Bréfritari: Lárus Bjarnason
Dagsetning: A-1875-01-29
Skrifað á: Vesturheimi

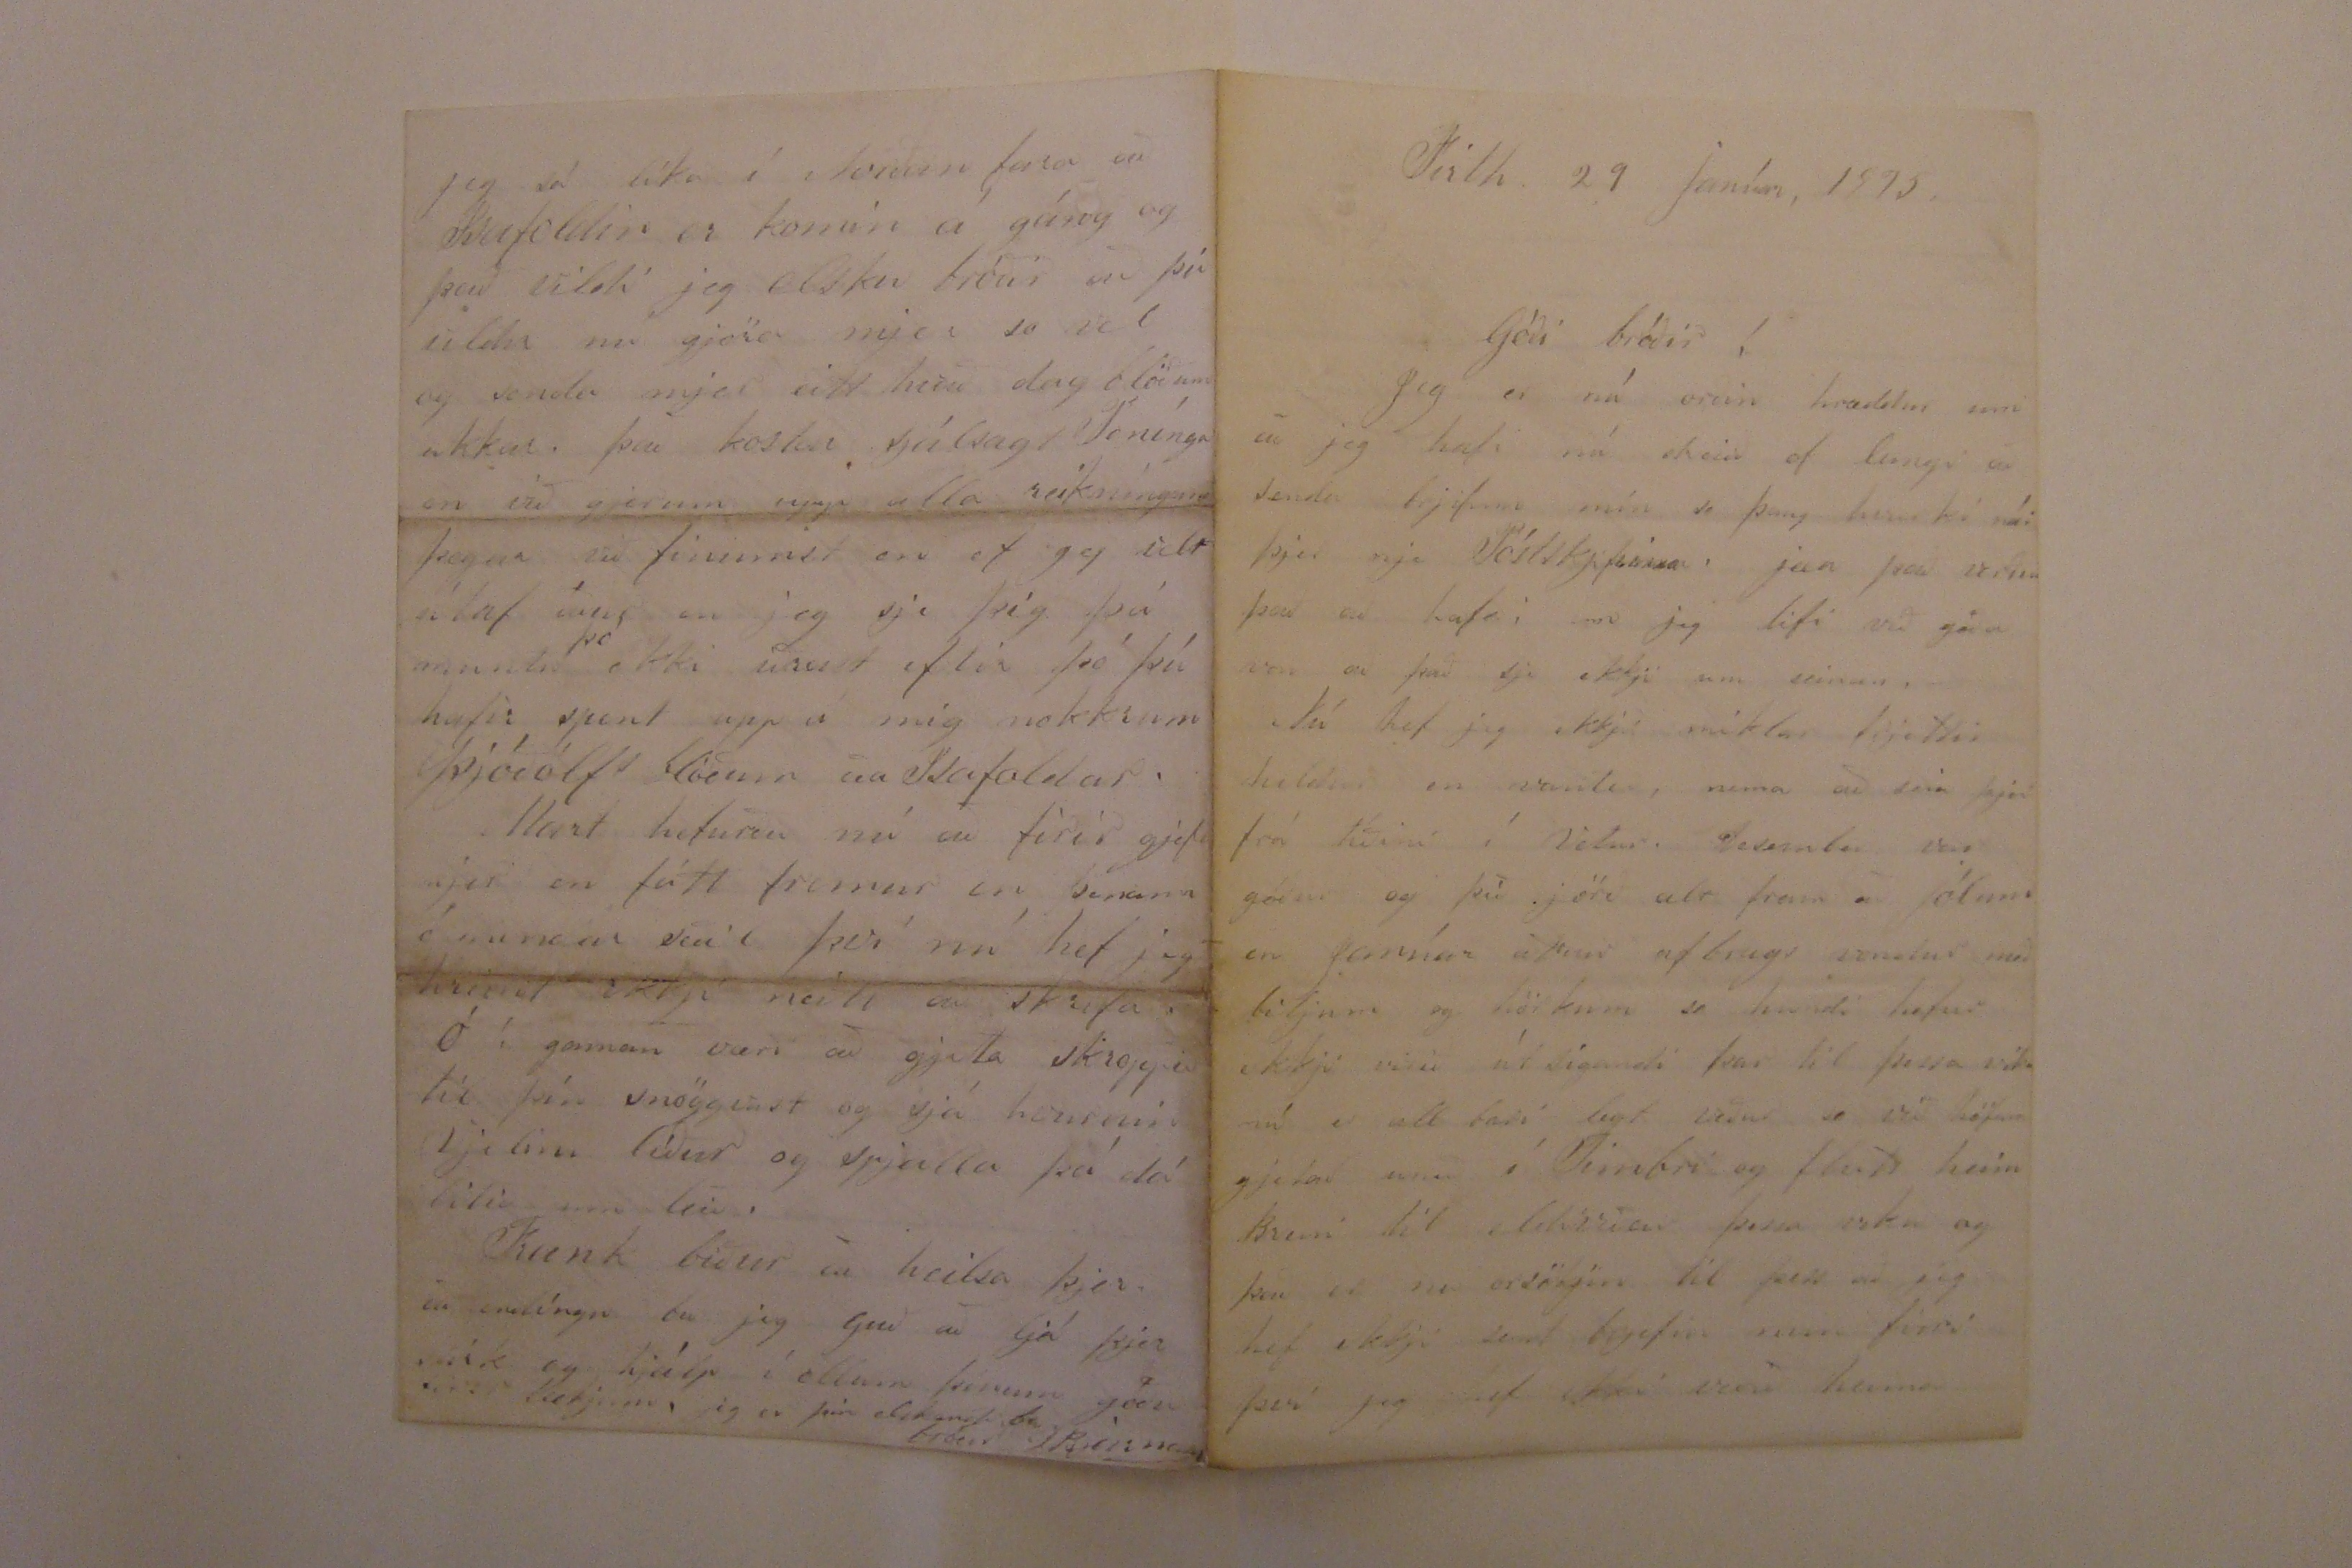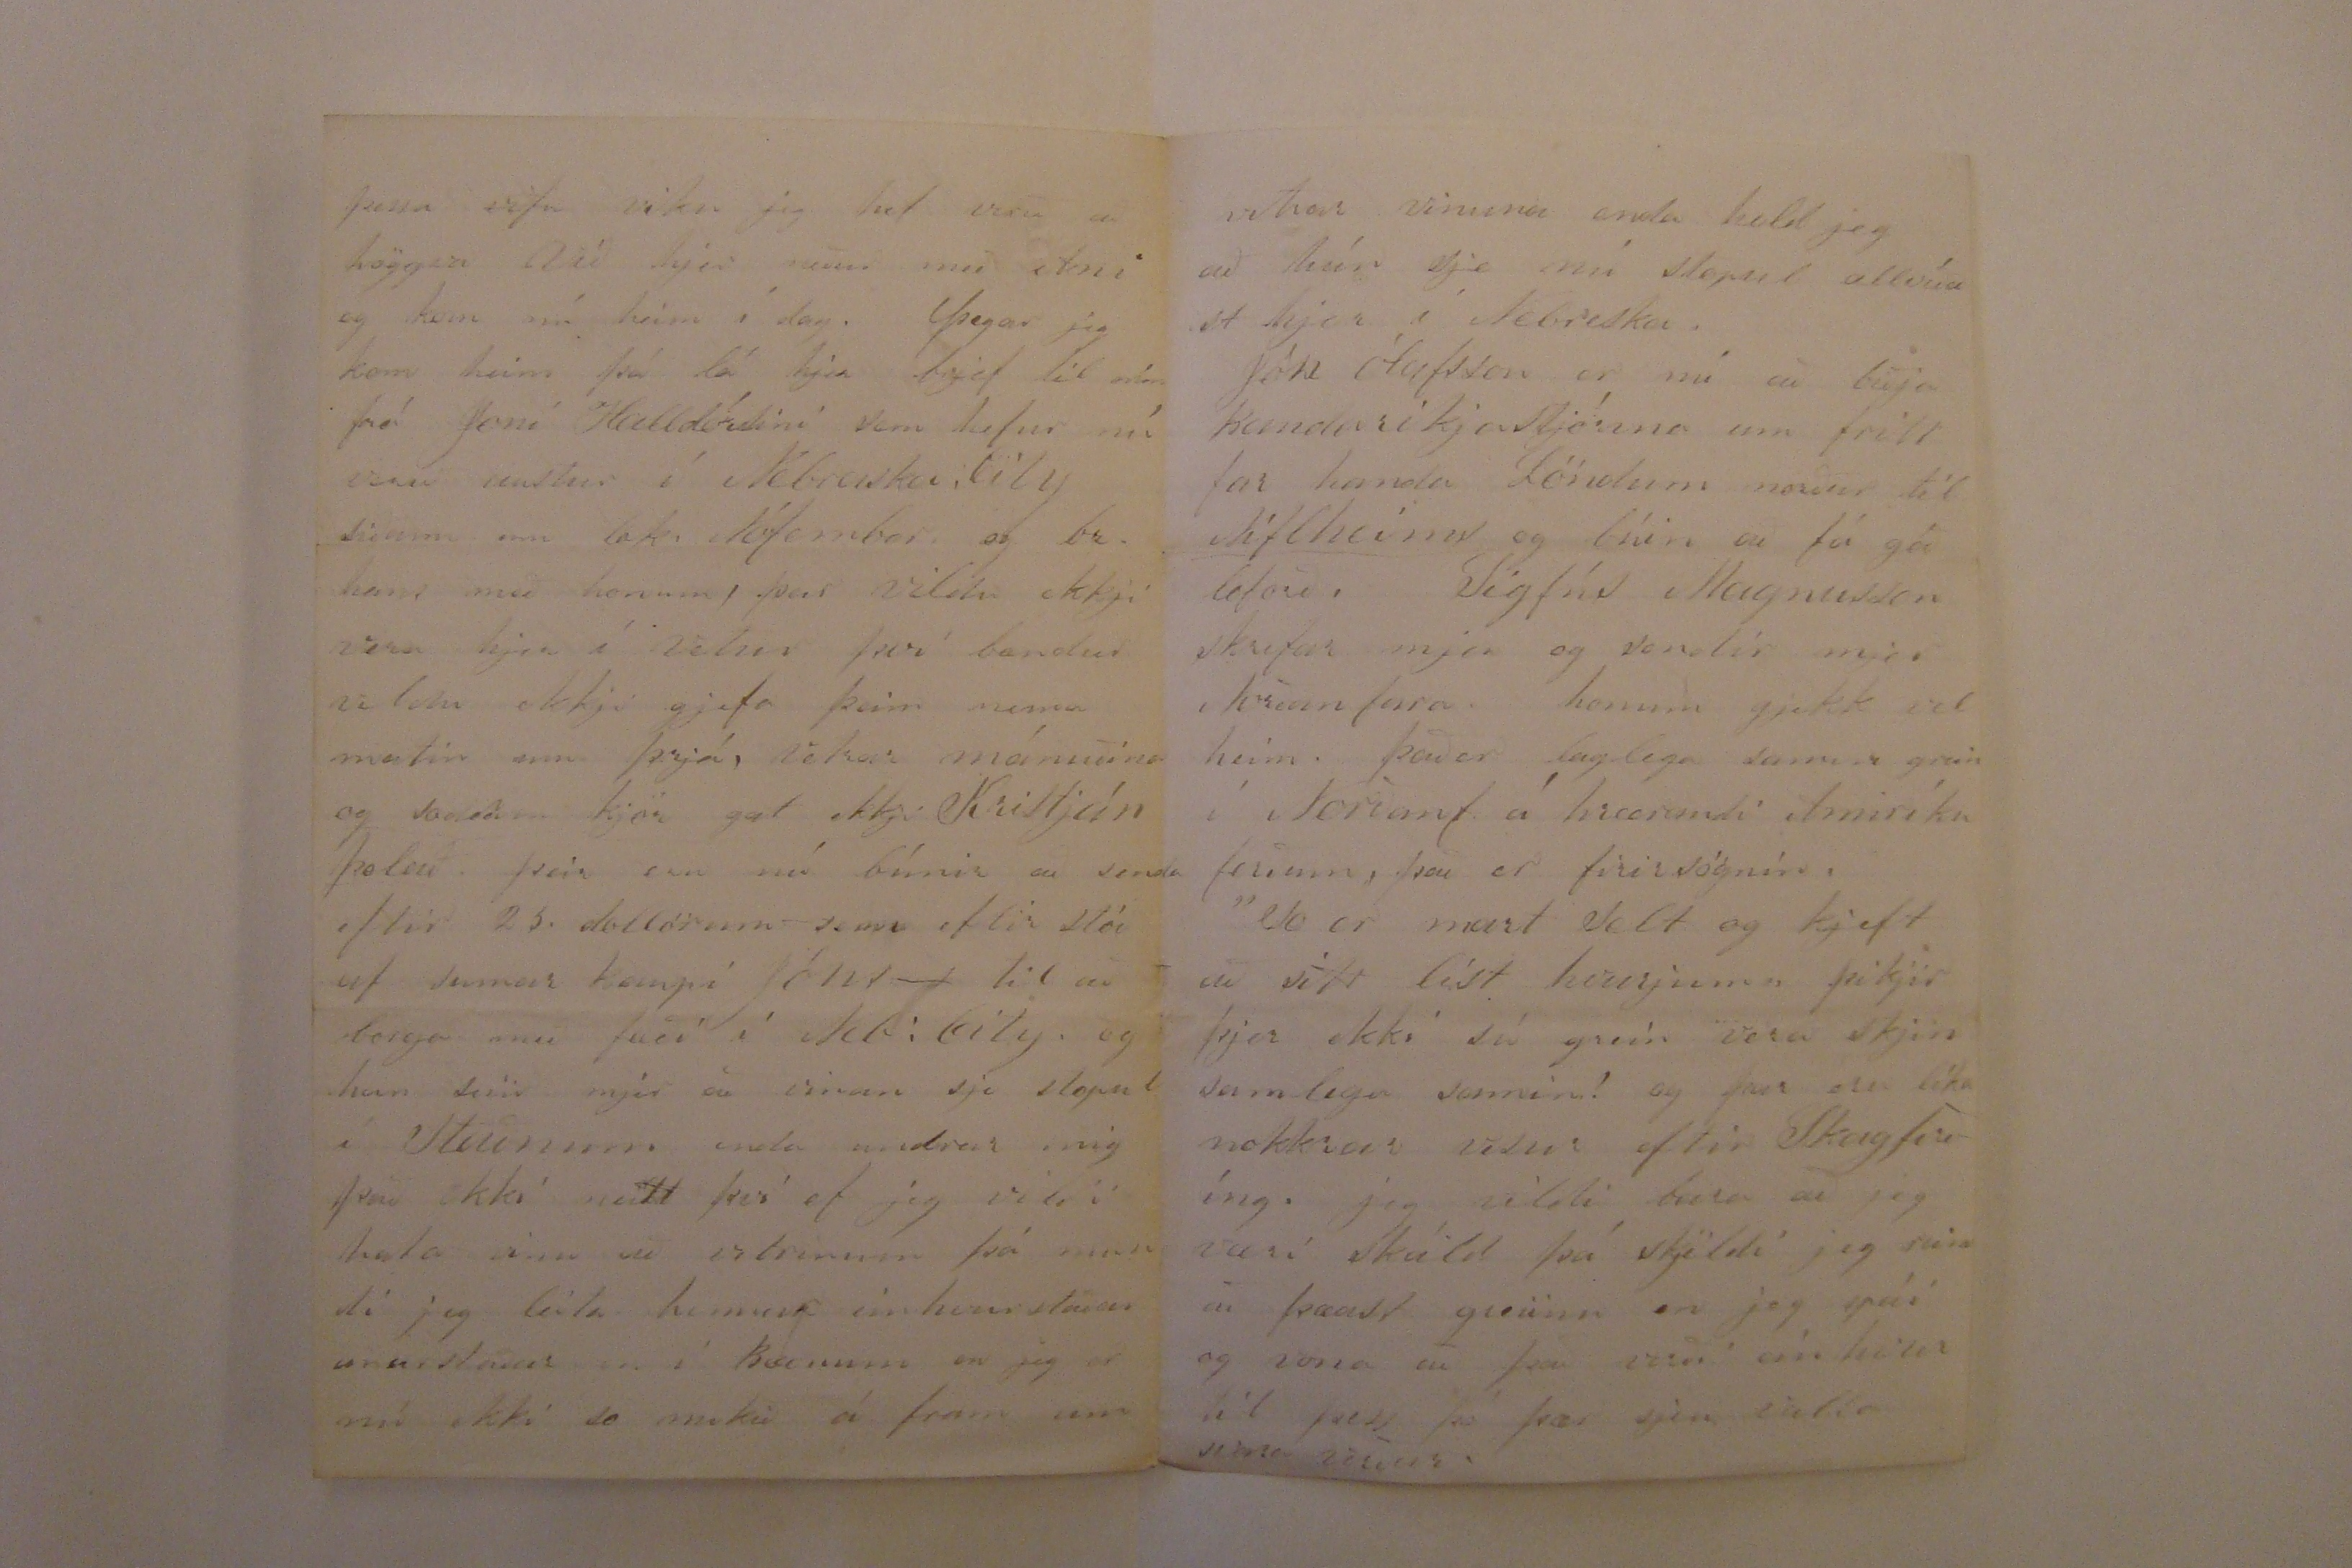

Firth 29 Janúar, 1875.
Góði bróðir!
Jeg er nú orðin hræddur um að jeg hafi nú dreiið of leingi að senda brjefin mín so þaug hvurki nái nje Póstskjipinu. jæa það verður það að hafa; enn jeg lifi við góða von að það sje ekkji miklar frjettir heldur en vanter, nema að seia þjer frá tíðini í Vetur. Desember var góður og þíð jörð alt fram að jólum en janúar attur afbrags vondur með biljum og hörkum so hundi hefur ekkji verið útsigandi þar til þessa viku nú er all bæri legt veður so við höfum gjetað unið í Timbri og flutt heim Br00i til eldiviðar þessa viku og það er nu orsökjin til þess að jeg hef ekkji sent brjefin min firri því jeg hef ekki verið heima
þessa
vifu
viku jeg hef verið að höggva við hjer niður með 0000 og kom nú heim í dag. Þegar jeg kom heim þá lá hjer brjef til mín frá Joni Halldórsini sem hefur nú verið austur í Nebraska City síðann um lok Nófember og br. hans með honum, þeir vildu ekkji vera hjer í vetur því bændur vildu ekkji gjefa þeim nema matin
sin
þrjá, vetrar mánuðina og soddan kjör gat ekkji Kristján þolað þeir eru nú búnir að senda eftir 25. dollörum sem eftir stóð af sumar kaupi Jóns til að borga með fæði í Neb: City og han seiir mjer að vinan sje stopul í staðnum enda undrar mig það ekki neitt því ef jeg vildi hafa vinu að vetrinum þá mundi jeg leita hennar einhvurstaðar anarstaðar en í Bænum en jeg er nú ekki so mikið á fram um
vetrar vinuna enda held jeg að hún sje nú stopul allvíðast hjer í Nebraska.
Jón Ólafsson er nú að biðja Bandaríkjastjórn0 um frítt far handa Löndum norður til
Niflheims
og búin að fá góð loforð. Sigfús Magnusson skrifar mjer og sendir mjer Norðanfara honum gjekk vel heim það er laglega samin grein í Norðanf. á hrærandi Amiríku ferðum, það er firirsögnin. "So er mart selt og kjeft að sitt líst hvurjum„ þikir þjer ekki sú grein vera skjinsamlega samin? og þar eru líka nokkrar visur eftir Skagfirðing, jeg vildi bara að jeg væri skáld þá skjildi jeg reina að
þæast gre000
en jeg spái og vona að það verði einhvur til þess þó þær sjeu valla svara verðar.
Jeg sá líka í Norðanfara að Isafoldin er komin á gáng og það vildi jeg elsku bróðir að þú vildir nú gjöra mjer so vel og senda mjer eitthvað dagblöðum ukkar. það kostar sjálsagt Penínga en við gjerum upp alla reikningana þegar við finumst en ef jeg velt útaf áður en jeg sje þig þá muntu
þó
ekki iðrast eftir þó þú hafir
spent
upp á mig nokkrum þjóðólfs blöðum eða Isafoldar.
Mart hefurðu nú að firir gjefa mjer en fátt fremur en þenann ó mindar seðil því nú hef jeg hreint ekkji neitt að skrifa. Ó ! gaman væri að gjeta skroppið til þín snöggvast og sjá hvurnin Vjelini líður og spjalla þá dá lítið um leið.
Frank biður að heilsa þjer. að endingu bið jeg Guð að ljá þjer stirk og hjálp í ollum þínum góðu firir tækjum, jeg er þin elskandi b. bróðir LBjarnason